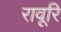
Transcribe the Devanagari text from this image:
रावूरि